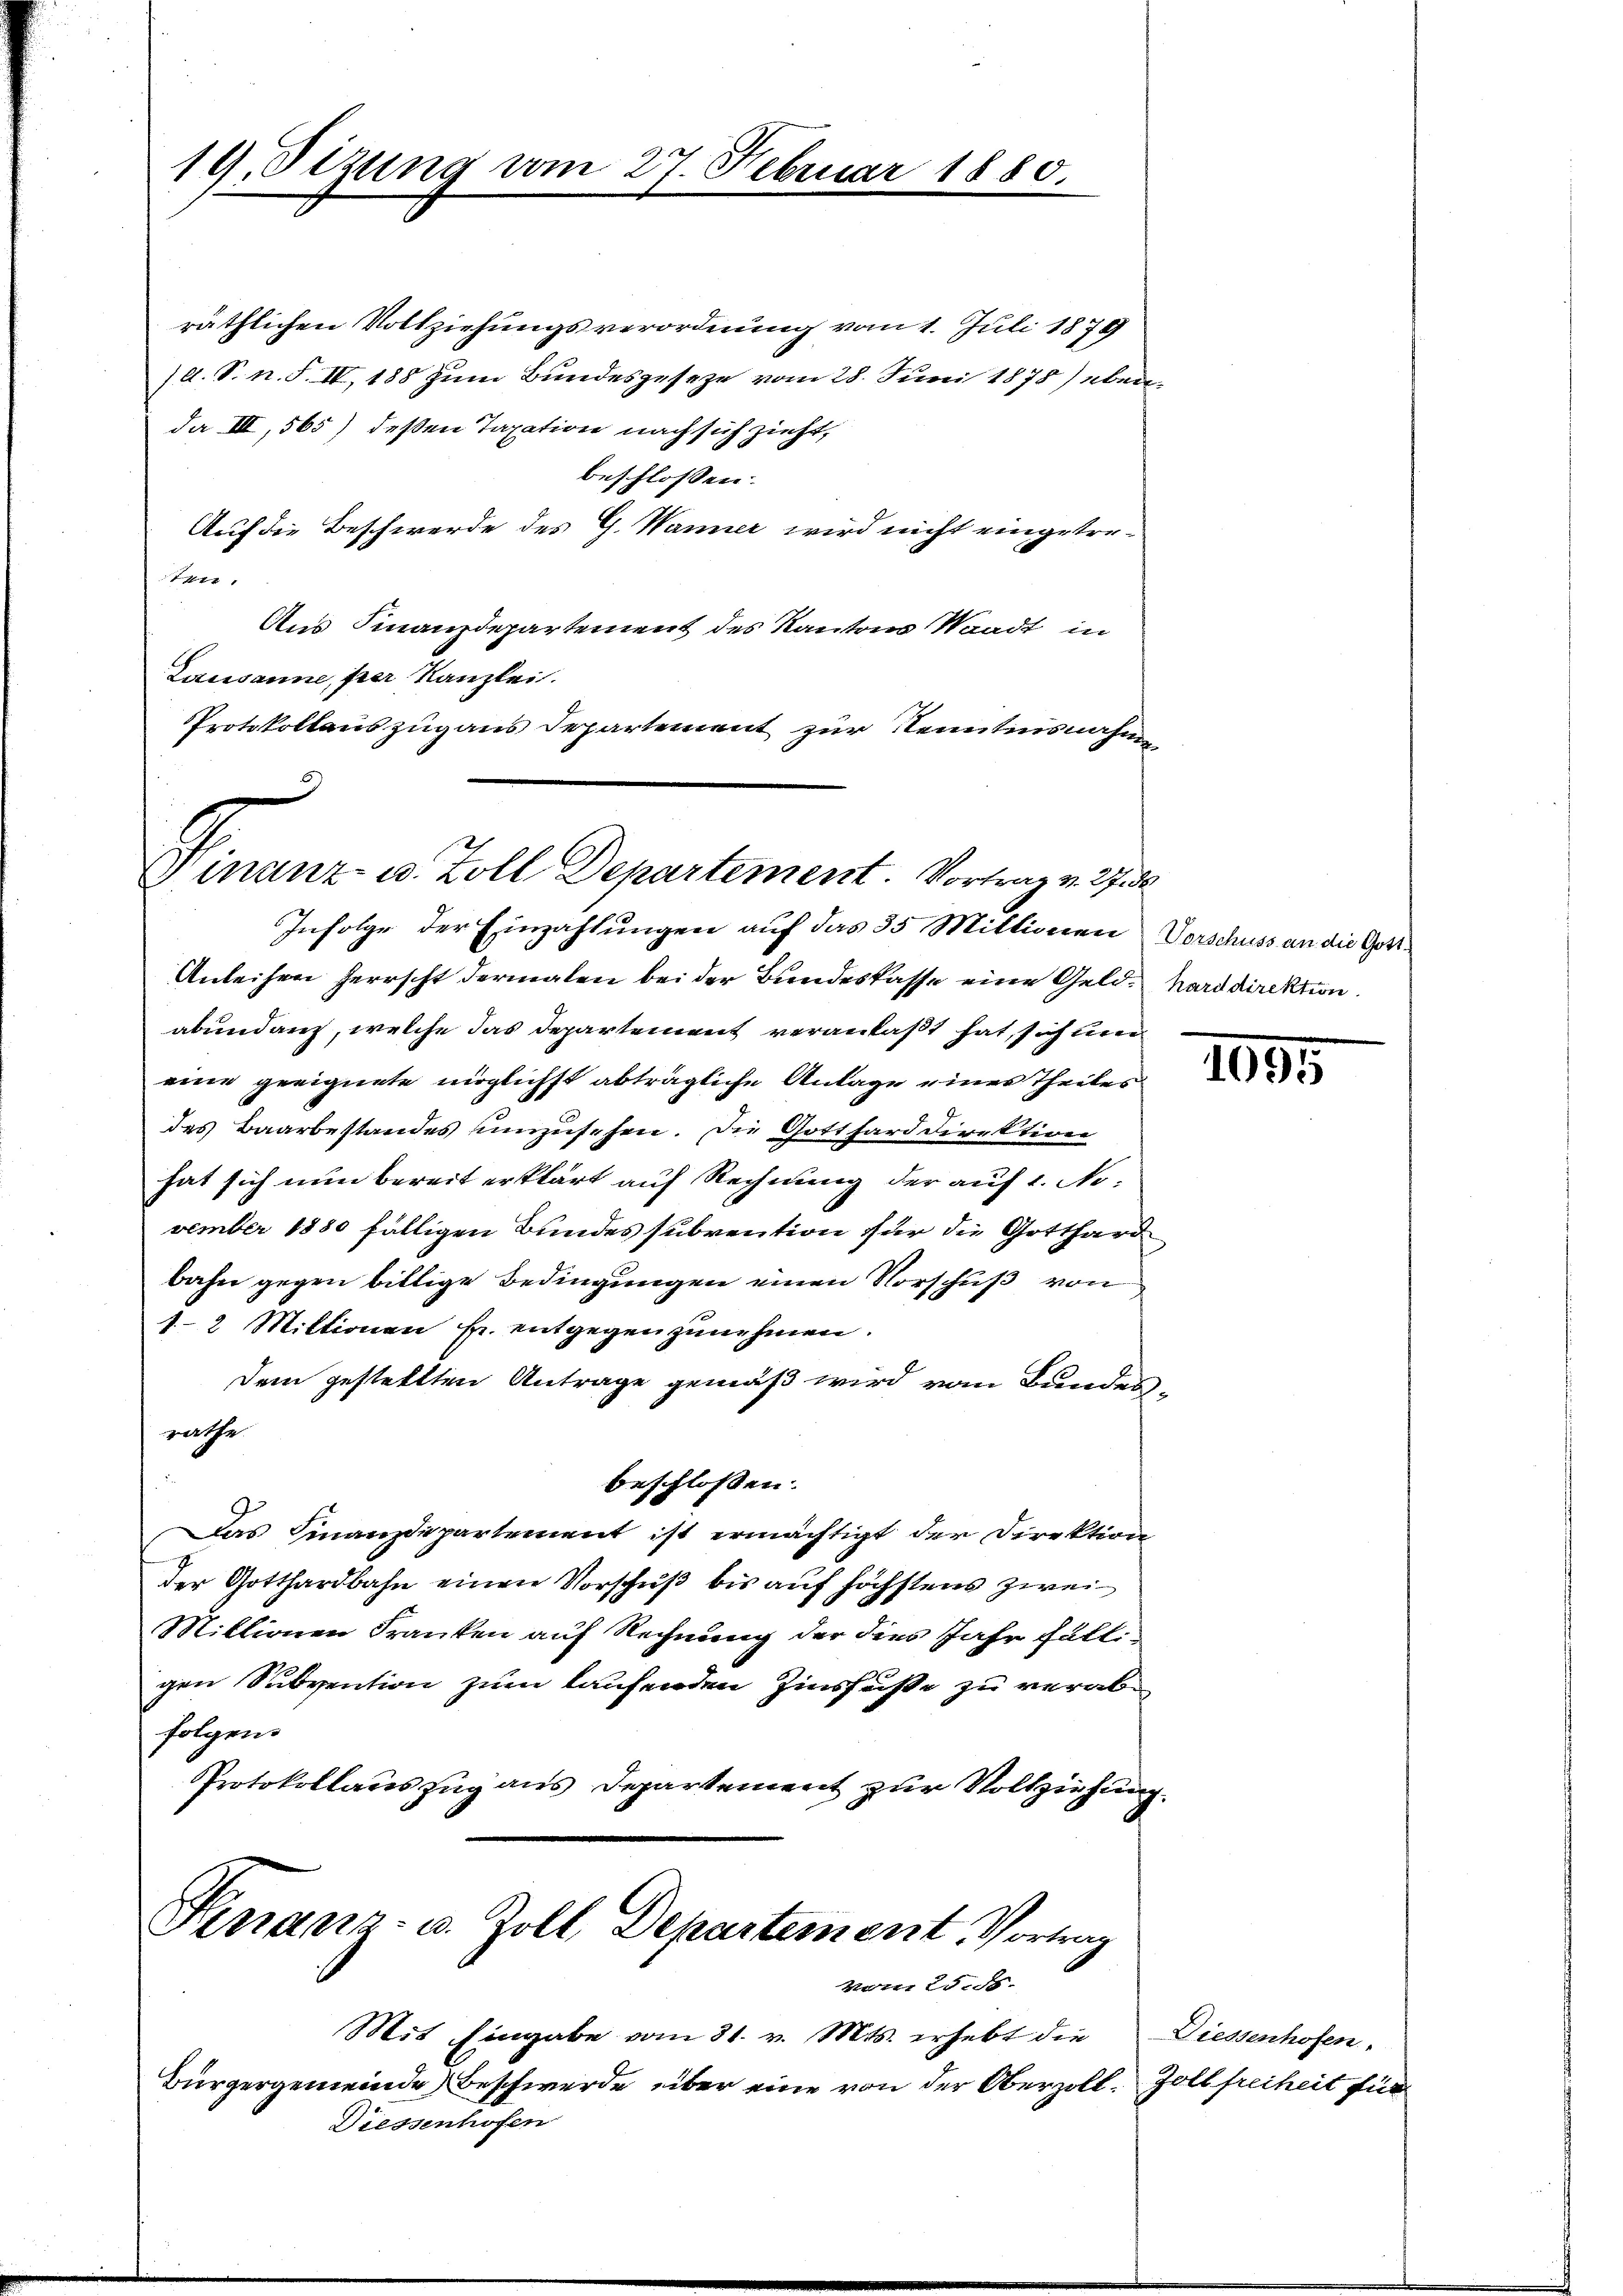
19. Otzung vom 27. Februar 1880.

räthlichen Vollziehungsverordnung vom 1. Juli 1879
/d. S. n. F. IV, 188 zum Bundesgeseze vom 28. Juni 1878) eben
da III, 565) deßen Taxation nach sich zieht,
beschlossen:
Auf die Beschwerde des G. Wanner wird nicht eingetre-
ten.
Aus Finanzdepartement des Kantons Waadt in
Lausanne, per Kanzlei.
Protokollauszug aus Departement zur Kenntnisnahme

Finanz- u. Zoll Departement Vortrag v. 27. 30
Infolge der Einzahlungen auf das 35 Mittionen Vorschuss an die Gott¬

Anleihen herrscht dermalen bei der Bundeskasse eine Geld- hard direktion
abendant, welche das Departement veranlaßt hat, sich un
eine geeignete möglichst abträgliche Anlage eines Theiles
des Baarbestandes umzusehen. Die Gotthard direktion
hat sich nun bereit erklärt auf Rechnung der auf 1. November 1850 fälligen Bundes subvention für die Gotthard
bahn gegen billige Bedingungen einen Vorschuß von
1-2 Miktionen fr. entgegenzunehmen.
dem gestellten Antrage gemäß wird vom Bundes-
gathe
beschlossen:
Das Finanzdepartement ist ermächtigt der Direktion
der Gotthardbahn einen Vorschuß bis auf höchstens zwei
Millionen Franken auf Rechnung der dies Jahr fälligen Subvention zum laufenden Zinsfuße zu verabfolgen.
Protokollauszug aus Departement zur Vollziehung.
Finanz- u. Zoll, Departement, Vortrag

1895

vom 25. ds.

Mit Eingabe vom 31. v. Mts. erhebt die
Bürgergemeinde Beschwerde über eine von der Oberzoll. Zoll freiheit für
Diessenhofen

Diessenhofen.